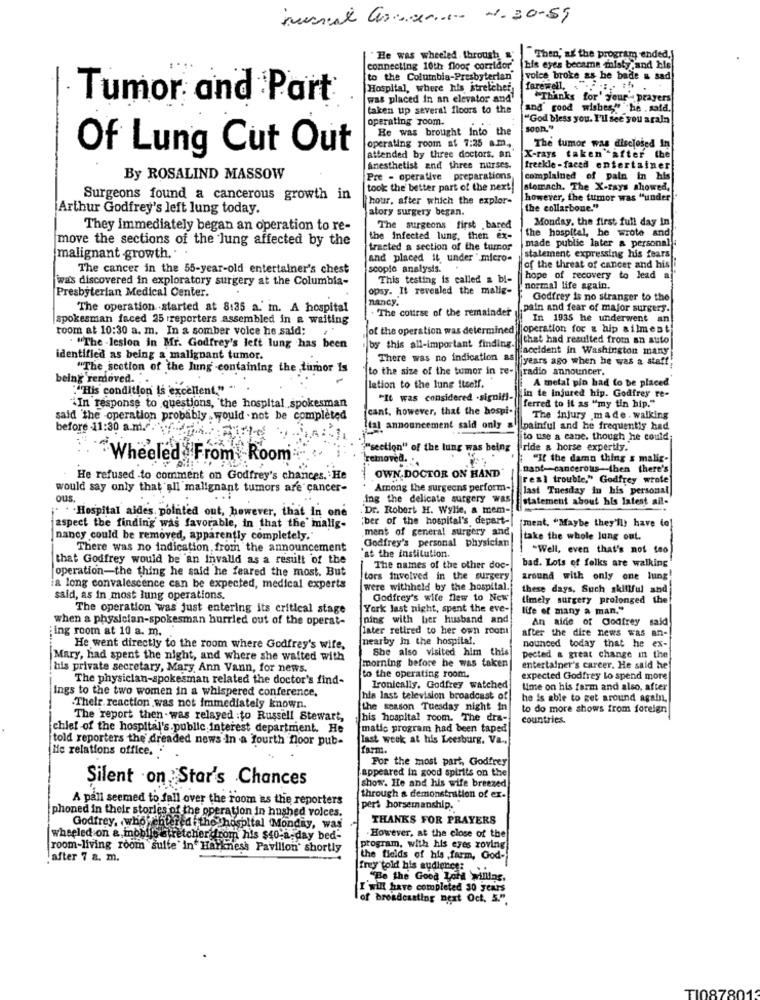
mural Crescer .... 1.30-59
He was wheeled through
"Then, as the program ended.]
connecting 10th floor corridor
his eyes became misty ,and his
to the Columnbis-Presbyterian
voice broke as he bade a sad
Hospital, where his stretcher
farewell ..
Tumor and Part
was placed in an elevator and'
"Thanks for' jour - prayers
taken up several floors to the
[and" good wishes " he . sata.
operating room.
"God bless you. I'll see you araln
He was brought Into the
soon."
Of Lung Cut Out
operating room at 7:25 a.m.
The tumor was disclosed In
attended by three doctors. an
X-rays taken after the
Anesthetist and three nurses.
freekle -faced entertainer
By ROSALIND MASSOW
Pre - operative preparations
complained of pain in his
took the better part of the next!
stomach. The X-rays showed,
Surgeons found a cancerous growth in
hour, after which the explor-
however, the tumor was "under
Arthur Godfrey's left lung today.
atory surgery began.
the collarbone."
Monday, the first full day in
They immediately began an operation to re-
The surgeons first .bared
the hospital, he wrote and
move the sections of the lung affected by the
the infected lung, then ex-
made public later a personal
tracted a section of the tumor
malignant growth."
and placed it under " micro-
statement expressing his fears
The cancer in the 55-year-old entertainer's chest
scopie analysis.
of the threat of cancer and his i
was discovered in exploratory surgery at the Columbia-
This testing is called a bi-
hope of recovery to lead a
Presbyterian Medical Center.
opsy. It revealed the mallg-
normal life again.
nancy.
Godfrey is no stranger to the
The operation .started at 8:35 a.' m. A hospital
. The course of the remainder
,pain and fear of major surgers.
spokesman faced 25 reporters assembled in a waiting
In 1935 he underwent an
room at 10:30 a. m. In a somber volce he said:
of the operation was determined operation for & hip ailment
that had resulted from an auto
. "The - lesion in Mr. Godfrey's left lung has been
by this all-important finding.
Haceident in Washington many
identified as being a malignant tumor.
There was no indication as
iyears ago when he was a staff
"The section of the lung -containing the tumor Is
to the size of the tumor in re-
radio announcer.
being removed. ;.
A metal pin had to be placed
.His condition is excellent."
lation to the lung itself.
in te injured hip. Godfrey re-
"It was considered -signif]-
ferred to it as "my tin hip."
iIn response to questions, "the hospital spokesman
icant. however, that the hospi-
said 'the operation probably would . not be completed
The injury made . walking
before -11:30 a.m ...
Ital announcement said only a
Ipainful and he frequentis had
to use a cabe. though he could
("section" of the lung was being
ride a horse expertly.
Wheeled From Room
removed. ..
"If the damn thing & malig-
nant -- cancerous-then there's
He refused to comment on Godfrey's chances. He
OWN,DOCTOR ON HAND
real trouble," Godfrey wrote
would say only that all malignant tumors are cancer-
Among the surgeons perform-
last Tuesday in his personal
ous.
...
ing the delicate surgery Was
statement about his latest ail-
. . Hospital aides. pointed out, however, that In one
Dr. Robert H. Wylle, a mem-
"ber of the hospital's depart-
ment. "Maybe they'll) have to!
aspect the finding was favorable, in that the' malig-
ment of general surgery and
nancy could be removed, apparently completely.
take the whole lung out.
There was no indication, from the announcement
Godfrey's personal physician
-Well, even that's not too
that Godfrey would be an invalid as a result of the
at the institution.
operation-the thing he said he feared the most. But
The names of the other doc-
bad. Lots of folks are walking
tors involved in the surgery
around with only one lung!
a long convalescence can be expected, medical experts
were withheld by the hospital.
these days, Such skillful and
said, as in most lung operations.
Godfrey's wife flew to New
Umely surgery prolonged the
The operation was just entering its critical stage
York last night, spent the eve-
life of many a man."
when a physician-spokesman hurried out of the operat-
ning with her husband and
An aide of Godfrey said
ing room at 10 a. m.
later retired to her own roont
after the dire news was an-
nearby In the hospital.
He went directly to the room where Godfrey's wife,
She also visited him this
nounced today that he ex-
Mary, had spent the night, and where she waited with
pected & great change in the
his private secretary, Mary Ann Vann, for news.
morning before he was taken
entertainer's career. He said he
The physician-spokesman related the doctor's find-
to the operating room.
expected Godfrey Lo spend more
Ings to the two women in a whispered conference.
Ironically, Godfrey watched
time on his farm and also, after
his last television broadcast of
he is able to get around again.
.Thelr reaction was not immediately known.
the season Tuesday night in
to do more shows from foreign
The report then was relayed :to Russell Stewart,
his hospital room. The dra-
countries.
chief of the hospital's. public interest department. He
matic program had been taped
told reporters the dreaded news In a fourth noor pub-
last week at his Leesburg. Va.
He relations office. .
farm.
For the most part, Godfrey
appeared in good spirits on the
Silent on Star's Chances
show. He and his wife breezed
A pall seemed to fall over the room as the reporters
through a demonstration of ex-
pers horsemanship. "
phoned in their stories of the operation in hushed voices.
THANKS FOR PRAYERS
Godfrey, who entered the hospital (Monday, was
wheeled on a inobife stretcher from his $40 a day bed-
However, at the close of the
room-living room suite' in' Harkness Pavillon' shortly
program, with his eyes roving)
.after 7 a. m.
the fields of his ,farm, God-
frey told his audience: ..
"Be the Good Lord Willing.
I'will have completed 30 years
of broadcasting next Oct. 5.".
TI08780